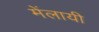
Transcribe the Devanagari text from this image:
मेंलायी